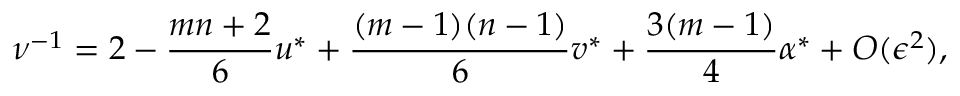
\nu ^ { - 1 } = 2 - { \frac { m n + 2 } { 6 } } u ^ { \ast } + { \frac { ( m - 1 ) ( n - 1 ) } { 6 } } v ^ { \ast } + { \frac { 3 ( m - 1 ) } { 4 } } \alpha ^ { \ast } + O ( \epsilon ^ { 2 } ) ,